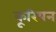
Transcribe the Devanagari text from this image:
कूरियन